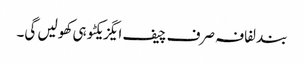
بند لفافہ صرف چیف ایگزیکٹو ہی کھولیں گی۔